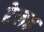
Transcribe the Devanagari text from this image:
ढेलढ